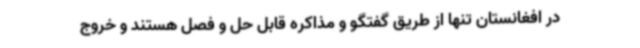
در افغانستان تنها از طریق گفتگو و مذاکره قابل حل و فصل هستند و خروج